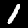
Digit: 1